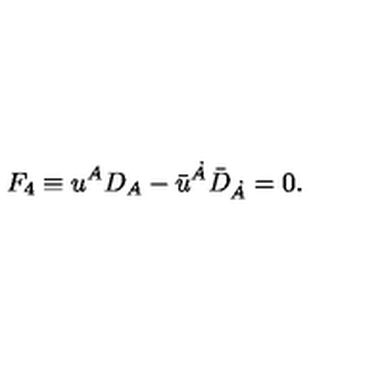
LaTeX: F _ { 4 } \equiv { u } ^ { A } D _ { A } - { \bar { u } } ^ { \dot { A } } { \bar { D } } _ { \dot { A } } = 0 .